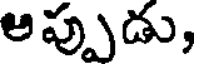
అప్పుడు,